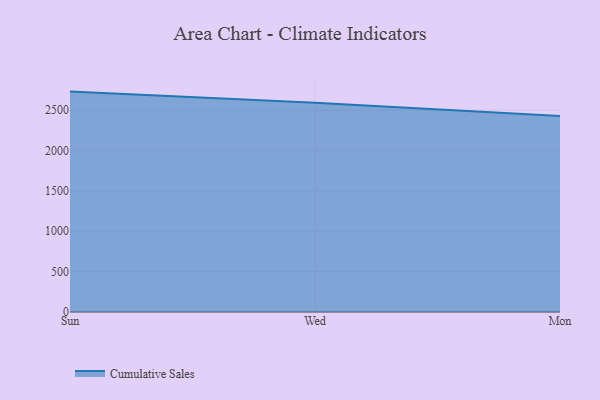
{"axis": {"x": "Day", "y": "Production Output"}, "legend": ["Cumulative Sales"], "data": [{"x": "Sun", "y": 2730.3, "type": "Cumulative Sales"}, {"x": "Wed", "y": 2590.7, "type": "Cumulative Sales"}, {"x": "Mon", "y": 2428.4, "type": "Cumulative Sales"}]}